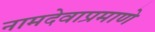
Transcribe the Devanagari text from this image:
नामदेवाप्रमाणे